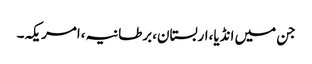
جن میں انڈیا،اربستان،برطانیہ،امریکہ۔